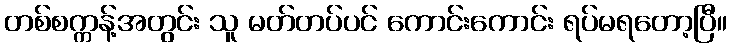
တစ်စက္ကန့်အတွင်း သူ မတ်တပ်ပင် ကောင်းကောင်း ရပ်မရတော့ပြီ။